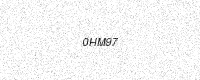
Text: 0HM97